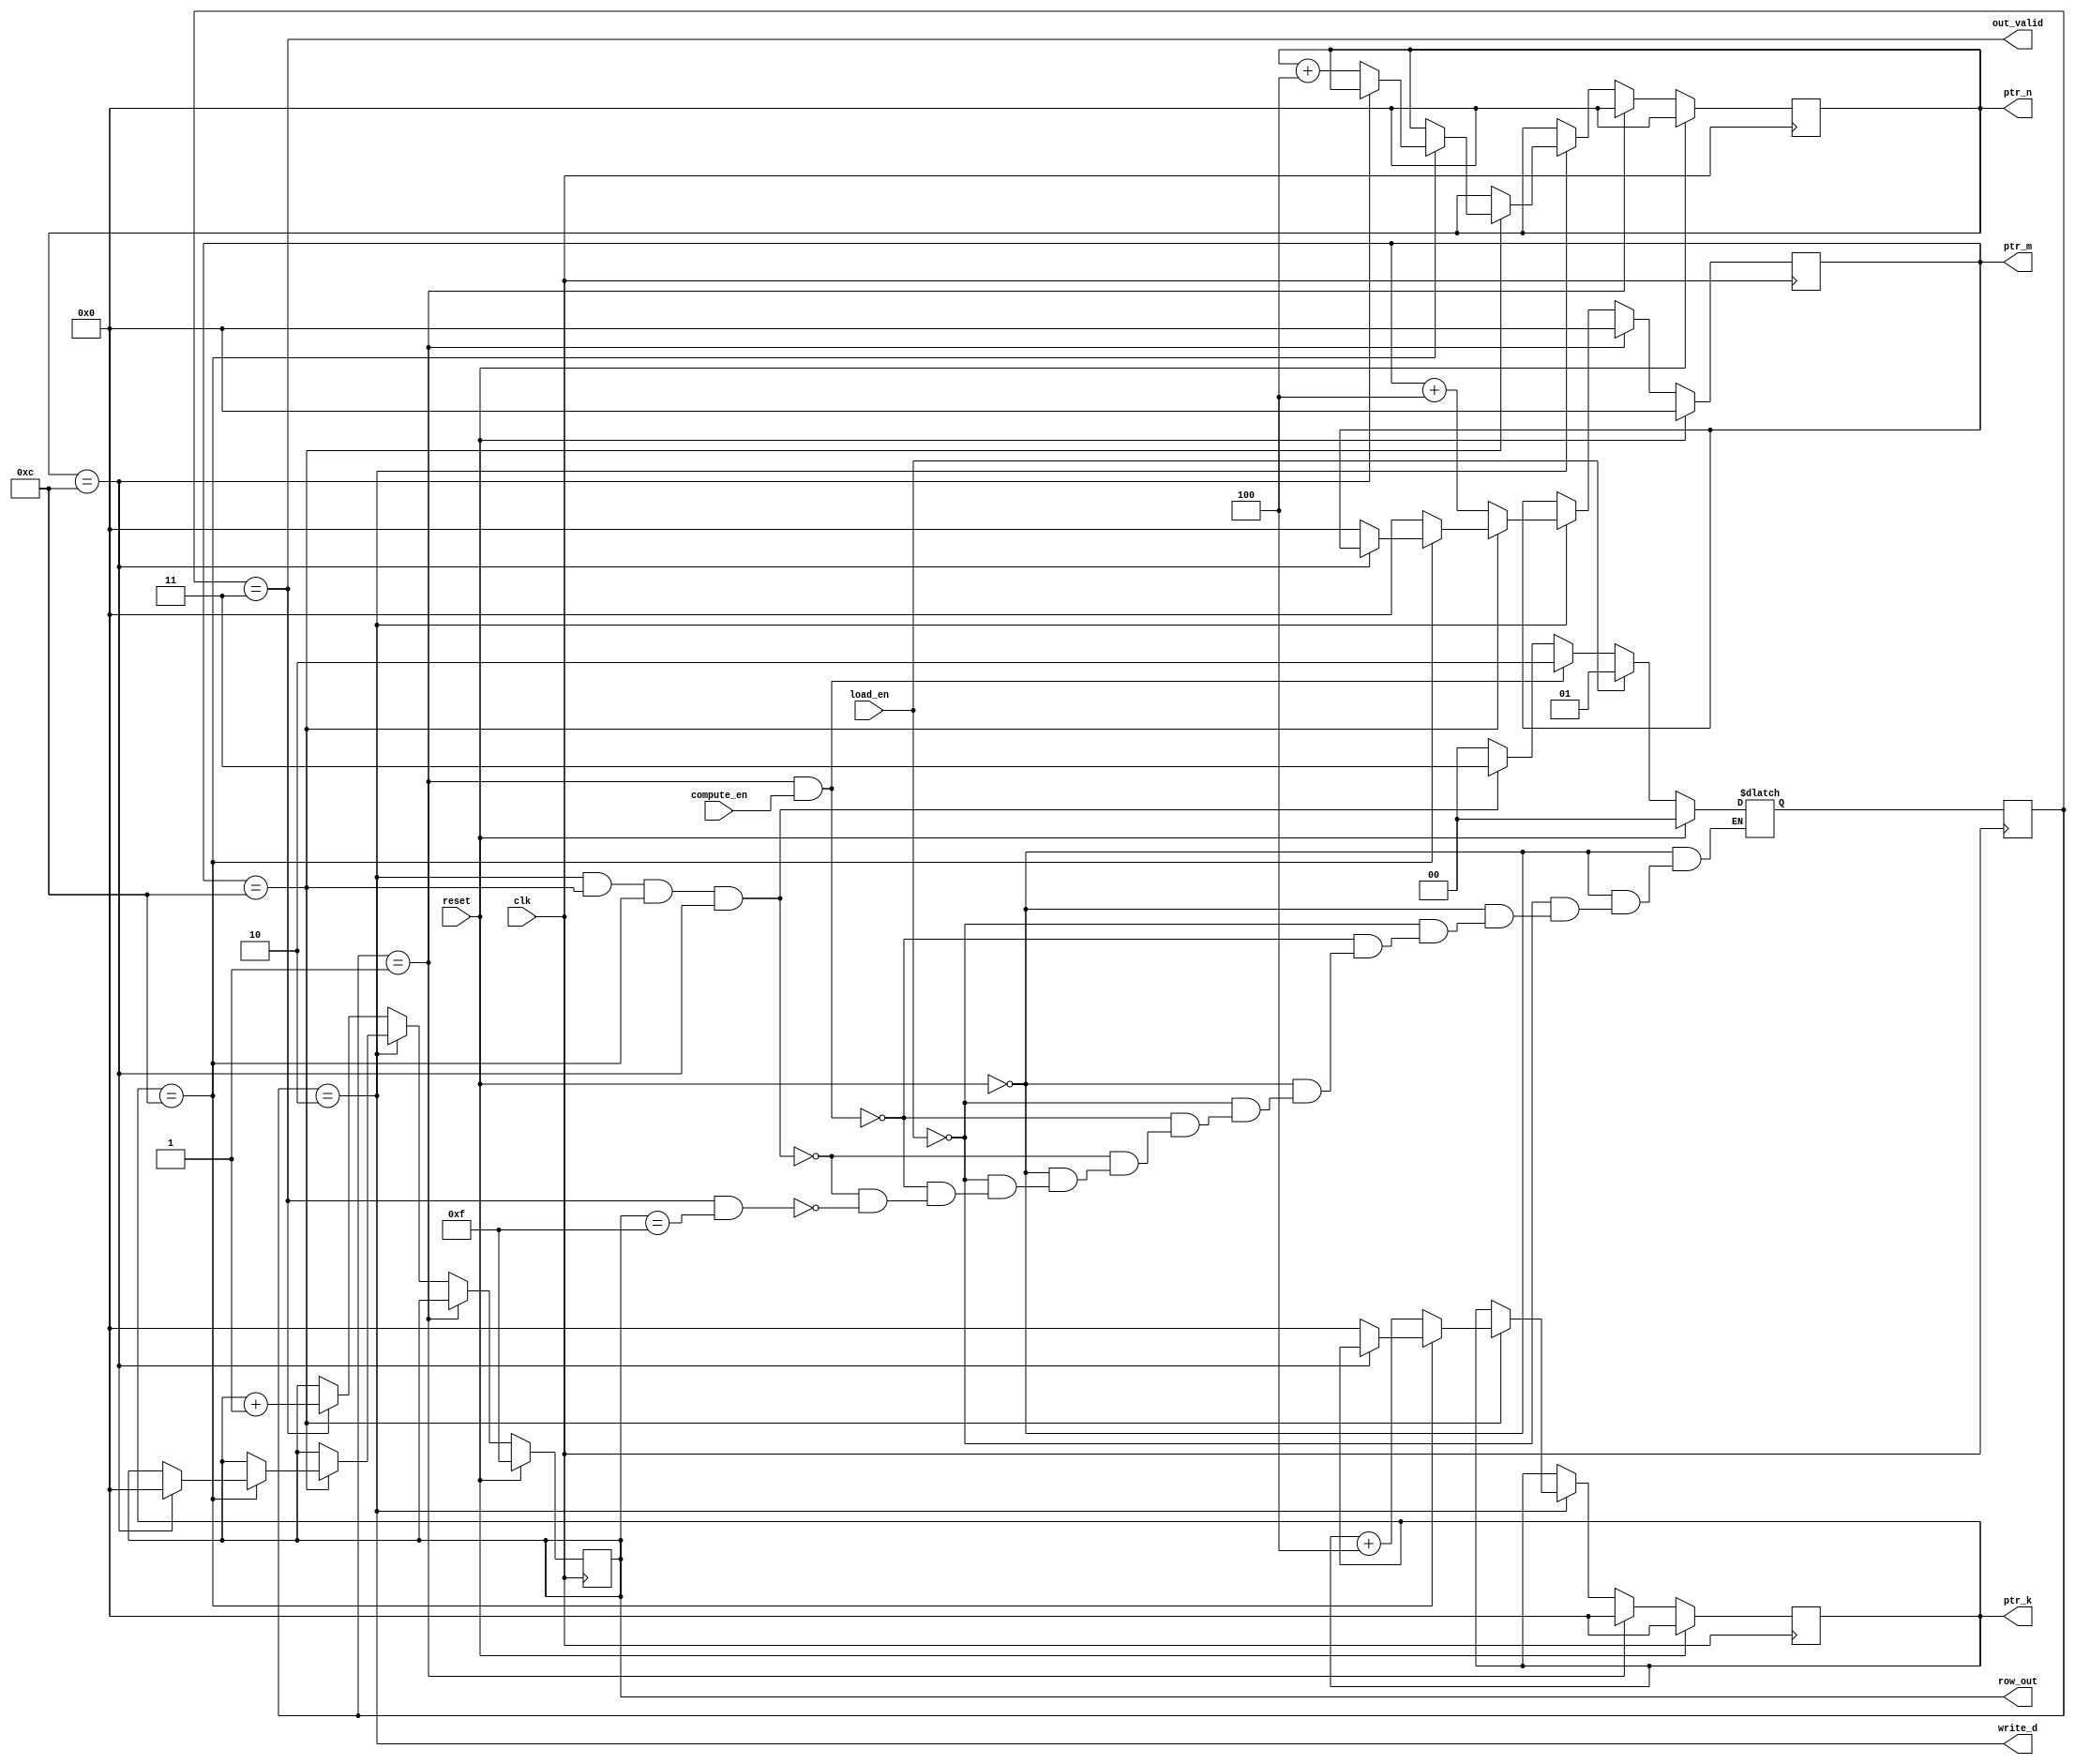
`timescale 1ns / 1ps

module tc_cu #(
    parameter M = 16,
    parameter N = 16,
    parameter K = 16,
    parameter TILE_M = 4,
    parameter TILE_K = 4,
    parameter TILE_N = 4,
    parameter iterM = M / TILE_M,
    parameter iterN = N / TILE_N,
    parameter iterK = K / TILE_K,
    parameter N_UNIT = TILE_M * TILE_K * TILE_N
) (
    input clk,
    input reset,
    input load_en,
    input compute_en,
    // input [M*K*DW_IN-1:0] in_a,
    // input [K*N*DW_IN-1:0] in_b,
    output [3:0] ptr_m,
    output [3:0] ptr_n,
    output [3:0] ptr_k,
    output write_d,
    output out_valid,
    output [3:0] row_out
);

    parameter IDLE = 2'd0;
    parameter LOAD = 2'd1;
    parameter COMPUTE = 2'd2;
    parameter OUTPUT = 2'd3;
    integer i, j;
    genvar gi, gj;
    
    reg [1:0] state, next_state;

    // reg [DW_IN-1:0] reg_a [M-1:0][K-1:0];
    // reg [DW_IN-1:0] reg_b [K-1:0][N-1:0];
    // reg [DW_IN-1:0] reg_tile_a [TILE_M-1:0][TILE_K-1:0];
    // reg [DW_IN-1:0] reg_tile_b [TILE_K-1:0][TILE_N-1:0];
    reg [3:0]  reg_ptr_m, reg_ptr_n, reg_ptr_k, reg_row_out;
    reg out_en;

    // state transfer and control
    always @(posedge clk) begin
        if (reset) begin
            out_en <= 0;
            reg_ptr_m <= 0;
            reg_ptr_n <= 0;
            reg_ptr_k <= 0;
            reg_row_out = 4'b1111;
        end
        else begin
            if (state==LOAD) begin
                // for (i=0; i<M; i=i+1) begin
                //     for (j=0; j<K; j=j+1) begin
                //         reg_a[i][j] <= in_a[(i*K+j)*DW_IN +:DW_IN];
                //     end
                // end
                // for (i=0; i<K; i=i+1) begin
                //     for (j=0; j<N; j=j+1) begin
                //         reg_b[i][j] <= in_b[(i*N+j)*DW_IN +:DW_IN];
                //     end
                // end
                reg_ptr_m <= 0;
                reg_ptr_n <= 0;
                reg_ptr_k <= 0;
            end
            else if (state==COMPUTE) begin
                if (reg_ptr_m == M - TILE_M) begin
                    if (reg_ptr_k == K - TILE_K) begin
                        if (reg_ptr_n == N - TILE_N) begin
                            //next_state <= IDLE;
                            reg_row_out <= 0;
                        end
                        else begin
                            reg_ptr_m <= 0;
                            reg_ptr_k <= 0;
                            reg_ptr_n <= reg_ptr_n+TILE_N;
                        end
                    end
                    else begin
                        reg_ptr_m <= 0;
                        reg_ptr_k <= reg_ptr_k + TILE_K;
                    end
                end
                else begin
                    reg_ptr_m <= reg_ptr_m + TILE_M;
                end
            end
            else if (state == OUTPUT) begin
                reg_row_out <= reg_row_out + 1;
            end
        end
    end

    always @(*) begin
        if (reset) begin
            next_state = IDLE;
        end
        else if (load_en != 0)
            next_state = LOAD;
        else if (state == LOAD && compute_en) begin
            next_state = COMPUTE;
        end
        else if (state == COMPUTE && reg_ptr_m == M - TILE_M && reg_ptr_k == K - TILE_K && reg_ptr_n == N - TILE_N) begin
            next_state = OUTPUT;
        end
        else if (state == OUTPUT && reg_row_out == 15) begin
            next_state = IDLE;
        end
    end

    // select tile
    // always @(posedge clk) begin: a1
    //     for (i=0; i<TILE_M; i=i+1) begin
    //         for (j=0; j<TILE_K; j=j+1) begin
    //             reg_tile_a[i][j] <= reg_a[ptr_m+i][ptr_k+j];
    //         end
    //     end
    //     for (i=0; i<TILE_K; i=i+1) begin
    //         for (j=0; j<TILE_N; j=j+1) begin
    //             reg_tile_b[i][j] <= reg_b[ptr_k+i][ptr_n+j];
    //         end
    //     end
    // end

    always @(posedge clk) begin
        state <= next_state;
    end

    assign ptr_m = reg_ptr_m;
    assign ptr_n = reg_ptr_n;
    assign ptr_k = reg_ptr_k;
    assign write_d = (state == COMPUTE);
    assign row_out = reg_row_out;
    assign out_valid = (state == OUTPUT);

endmodule